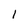
Character: 1